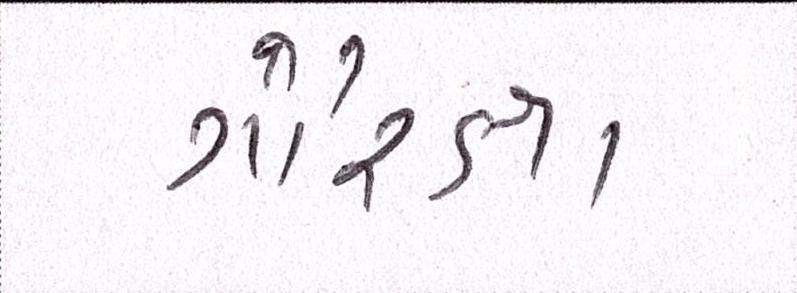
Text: ગૌરક્ષા